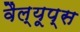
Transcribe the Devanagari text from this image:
वैल्यूप्स